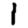
Digit: 1